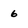
Character: 6